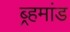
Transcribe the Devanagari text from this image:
ब्र्हमांड